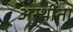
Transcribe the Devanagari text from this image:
अस्थींना